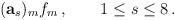
LaTeX: \begin{align*}(\mathbf{a}_s)_m f_m \,, \qquad 1\leq s \leq 8 \,.\end{align*}